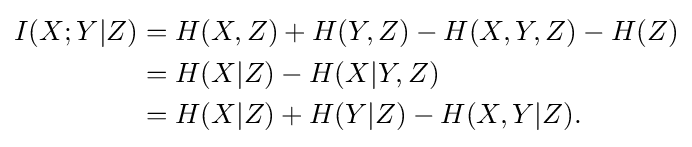
{\begin{aligned}I(X;Y|Z)&=H(X,Z)+H(Y,Z)-H(X,Y,Z)-H(Z)\\&=H(X|Z)-H(X|Y,Z)\\&=H(X|Z)+H(Y|Z)-H(X,Y|Z).\end{aligned}}